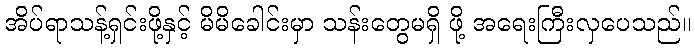
အိပ်ရာသန့်ရှင်းဖို့နှင့် မိမိခေါင်းမှာ သန်းတွေမရှိ ဖို့ အရေးကြီးလှပေသည်။